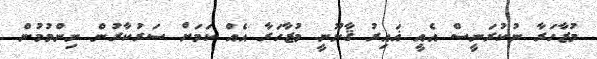
މުޒާހަރާ ނުކުރަނީސް އެއީ ޣައިރު ޤާނޫނީ މުޒާހަރާ އެއް ކަމަށް ސަރުކާރުން ނިންމުމުން